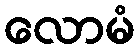
လောမံ